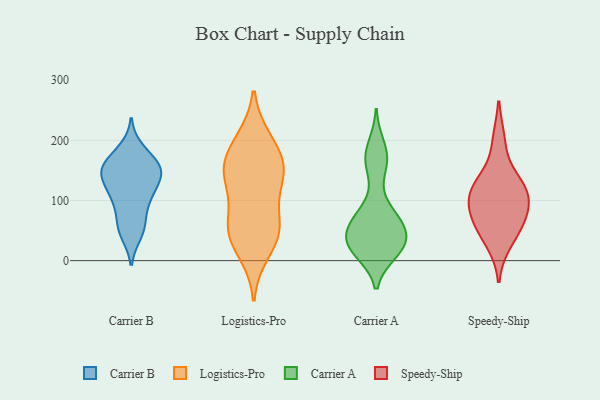
{"axis": {"x": "Waste Production (Tons)", "y": "Value"}, "legend": ["Carrier A", "Carrier B", "Logistics-Pro", "Speedy-Ship"], "data": [{"x": "", "y": 146, "type": "Carrier B"}, {"x": "", "y": 186, "type": "Carrier B"}, {"x": "", "y": 150, "type": "Carrier B"}, {"x": "", "y": 145, "type": "Carrier B"}, {"x": "", "y": 155, "type": "Carrier B"}, {"x": "", "y": 53, "type": "Carrier B"}, {"x": "", "y": 65, "type": "Carrier B"}, {"x": "", "y": 104, "type": "Carrier B"}, {"x": "", "y": 112, "type": "Carrier B"}, {"x": "", "y": 129, "type": "Carrier B"}, {"x": "", "y": 99, "type": "Carrier B"}, {"x": "", "y": 154, "type": "Carrier B"}, {"x": "", "y": 170, "type": "Carrier B"}, {"x": "", "y": 44, "type": "Carrier B"}, {"x": "", "y": 53, "type": "Logistics-Pro"}, {"x": "", "y": 153, "type": "Logistics-Pro"}, {"x": "", "y": 200, "type": "Logistics-Pro"}, {"x": "", "y": 15, "type": "Logistics-Pro"}, {"x": "", "y": 47, "type": "Logistics-Pro"}, {"x": "", "y": 122, "type": "Logistics-Pro"}, {"x": "", "y": 193, "type": "Logistics-Pro"}, {"x": "", "y": 156, "type": "Logistics-Pro"}, {"x": "", "y": 57, "type": "Logistics-Pro"}, {"x": "", "y": 56, "type": "Logistics-Pro"}, {"x": "", "y": 154, "type": "Logistics-Pro"}, {"x": "", "y": 135, "type": "Logistics-Pro"}, {"x": "", "y": 16, "type": "Carrier A"}, {"x": "", "y": 72, "type": "Carrier A"}, {"x": "", "y": 76, "type": "Carrier A"}, {"x": "", "y": 26, "type": "Carrier A"}, {"x": "", "y": 19, "type": "Carrier A"}, {"x": "", "y": 27, "type": "Carrier A"}, {"x": "", "y": 35, "type": "Carrier A"}, {"x": "", "y": 158, "type": "Carrier A"}, {"x": "", "y": 165, "type": "Carrier A"}, {"x": "", "y": 23, "type": "Carrier A"}, {"x": "", "y": 60, "type": "Carrier A"}, {"x": "", "y": 74, "type": "Carrier A"}, {"x": "", "y": 31, "type": "Carrier A"}, {"x": "", "y": 172, "type": "Carrier A"}, {"x": "", "y": 38, "type": "Carrier A"}, {"x": "", "y": 190, "type": "Carrier A"}, {"x": "", "y": 65, "type": "Carrier A"}, {"x": "", "y": 100, "type": "Speedy-Ship"}, {"x": "", "y": 200, "type": "Speedy-Ship"}, {"x": "", "y": 113, "type": "Speedy-Ship"}, {"x": "", "y": 57, "type": "Speedy-Ship"}, {"x": "", "y": 132, "type": "Speedy-Ship"}, {"x": "", "y": 130, "type": "Speedy-Ship"}, {"x": "", "y": 102, "type": "Speedy-Ship"}, {"x": "", "y": 61, "type": "Speedy-Ship"}, {"x": "", "y": 76, "type": "Speedy-Ship"}, {"x": "", "y": 29, "type": "Speedy-Ship"}]}